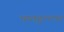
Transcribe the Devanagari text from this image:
फतहुल्लाह